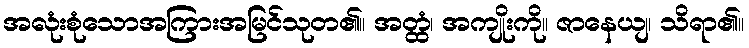
အလုံးစုံသောအကြားအမြင်သုတ၏။ အတ္ထံ၊ အကျိုးကို။ ဇာနေယျ၊ သိရာ၏။